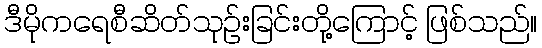
ဒီမိုကရေစီဆိတ်သုဉ်းခြင်းတို့ကြောင့် ဖြစ်သည်။